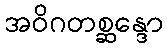
အဝိဂတစ္ဆန္ဒော